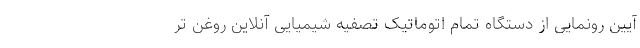
آیین رونمایی از دستگاه تمام اتوماتیک تصفیه شیمیایی آنلاین روغن تر